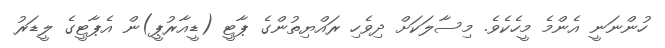
ހުންނަނީ އެންމެ މީހެކެވެ. މިސާލަކަށް ދިވެހި ރައްޔިތުންގެ ޕާޓީ (ޑީއާރުޕީ)ން އެޕާޓީގެ ލީޑަރު